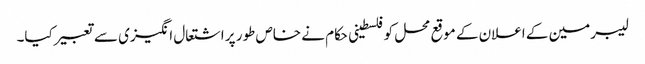
لیبرمین کے اعلان کے موقع محل کوفلسطینی حکام نے خاص طور پر اشتعال انگیزی سے تعبیر کیا۔